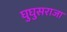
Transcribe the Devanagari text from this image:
घुघुसराजा